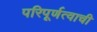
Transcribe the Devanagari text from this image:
परिपूर्णत्वाची